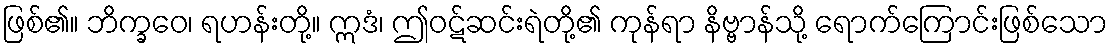
ဖြစ်၏။ ဘိက္ခဝေ၊ ရဟန်းတို့။ ဣဒံ၊ ဤဝဋ်ဆင်းရဲတို့၏ ကုန်ရာ နိဗ္ဗာန်သို့ ရောက်ကြောင်းဖြစ်သော